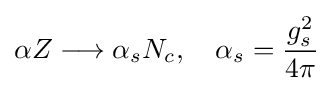
\alpha Z\longrightarrow \alpha _{s}N_{c},\quad \alpha _{s}={\frac {g_{s}^{2}}{4\pi }}